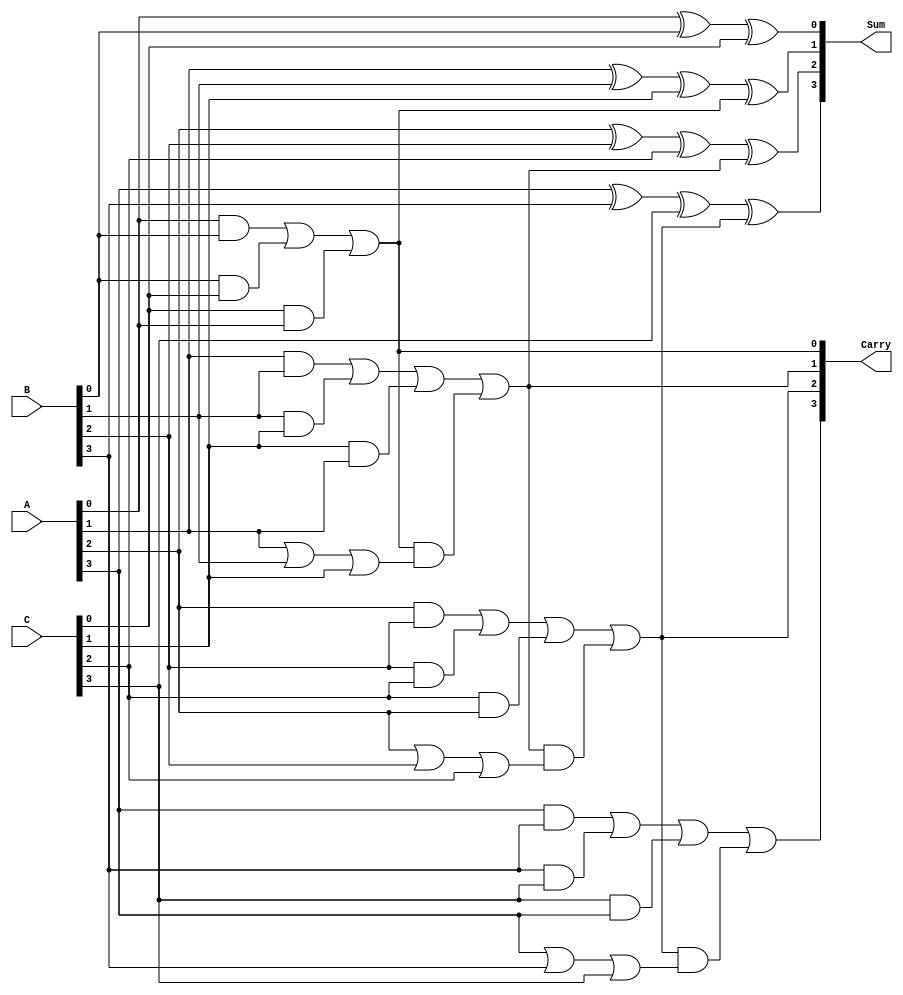
module DynamicCarrySaveAdder (
    input [3:0] A,     // First operand
    input [3:0] B,     // Second operand
    input [3:0] C,     // Third operand
    output [3:0] Sum,  // Sum output
    output [3:0] Carry // Carry output
);

    // Intermediate signals for full adder outputs
    wire [3:0] sum_temp;
    wire [3:0] carry_temp;

    // Full Adder Logic
    generate
        genvar i;
        for (i = 0; i < 4; i = i + 1) begin : full_adder
            if (i == 0) begin
                // For the first full adder, no carry input
                assign sum_temp[i] = A[i] ^ B[i] ^ C[i];
                assign carry_temp[i] = (A[i] & B[i]) | (B[i] & C[i]) | (C[i] & A[i]);
            end else begin
                // For subsequent full adders
                assign sum_temp[i] = A[i] ^ B[i] ^ C[i] ^ carry_temp[i-1];
                assign carry_temp[i] = (A[i] & B[i]) | (B[i] & C[i]) | (C[i] & A[i]) | (carry_temp[i-1] & (A[i] | B[i] | C[i]));
            end
        end
    endgenerate

    // Final outputs
    assign Sum = sum_temp;
    assign Carry = carry_temp;

endmodule